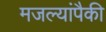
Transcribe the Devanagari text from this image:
मजल्यांपैकी